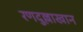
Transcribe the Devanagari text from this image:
रणदुल्लाखान